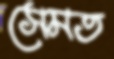
সেমত